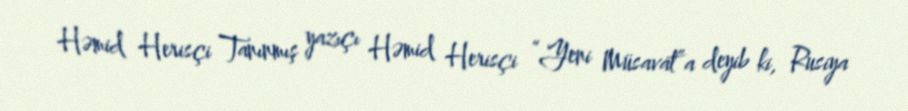
Həmid Herisçi Tanınmış yazıçı Həmid Herisçi “Yeni Müsavat”a deyib ki, Rusiya